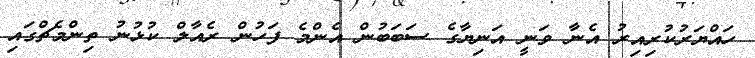
ހައްޔަރުކުރިއިރު އެނާ ވަނީ އަނިޔާގެ ސަބަބުން އެންމެ ފަހުން ރެއާލް ކުޅުނު ތިންމެޗްގައި